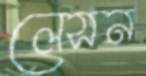
লেসন